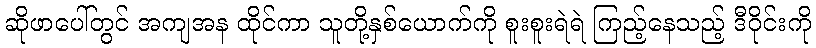
ဆိုဖာပေါ်တွင် အကျအန ထိုင်ကာ သူတို့နှစ်ယောက်ကို စူးစူးရဲရဲ ကြည့်နေသည့် ဒီဝိုင်းကို